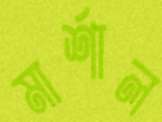
মার্শাল